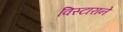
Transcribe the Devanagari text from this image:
विस्टाराने